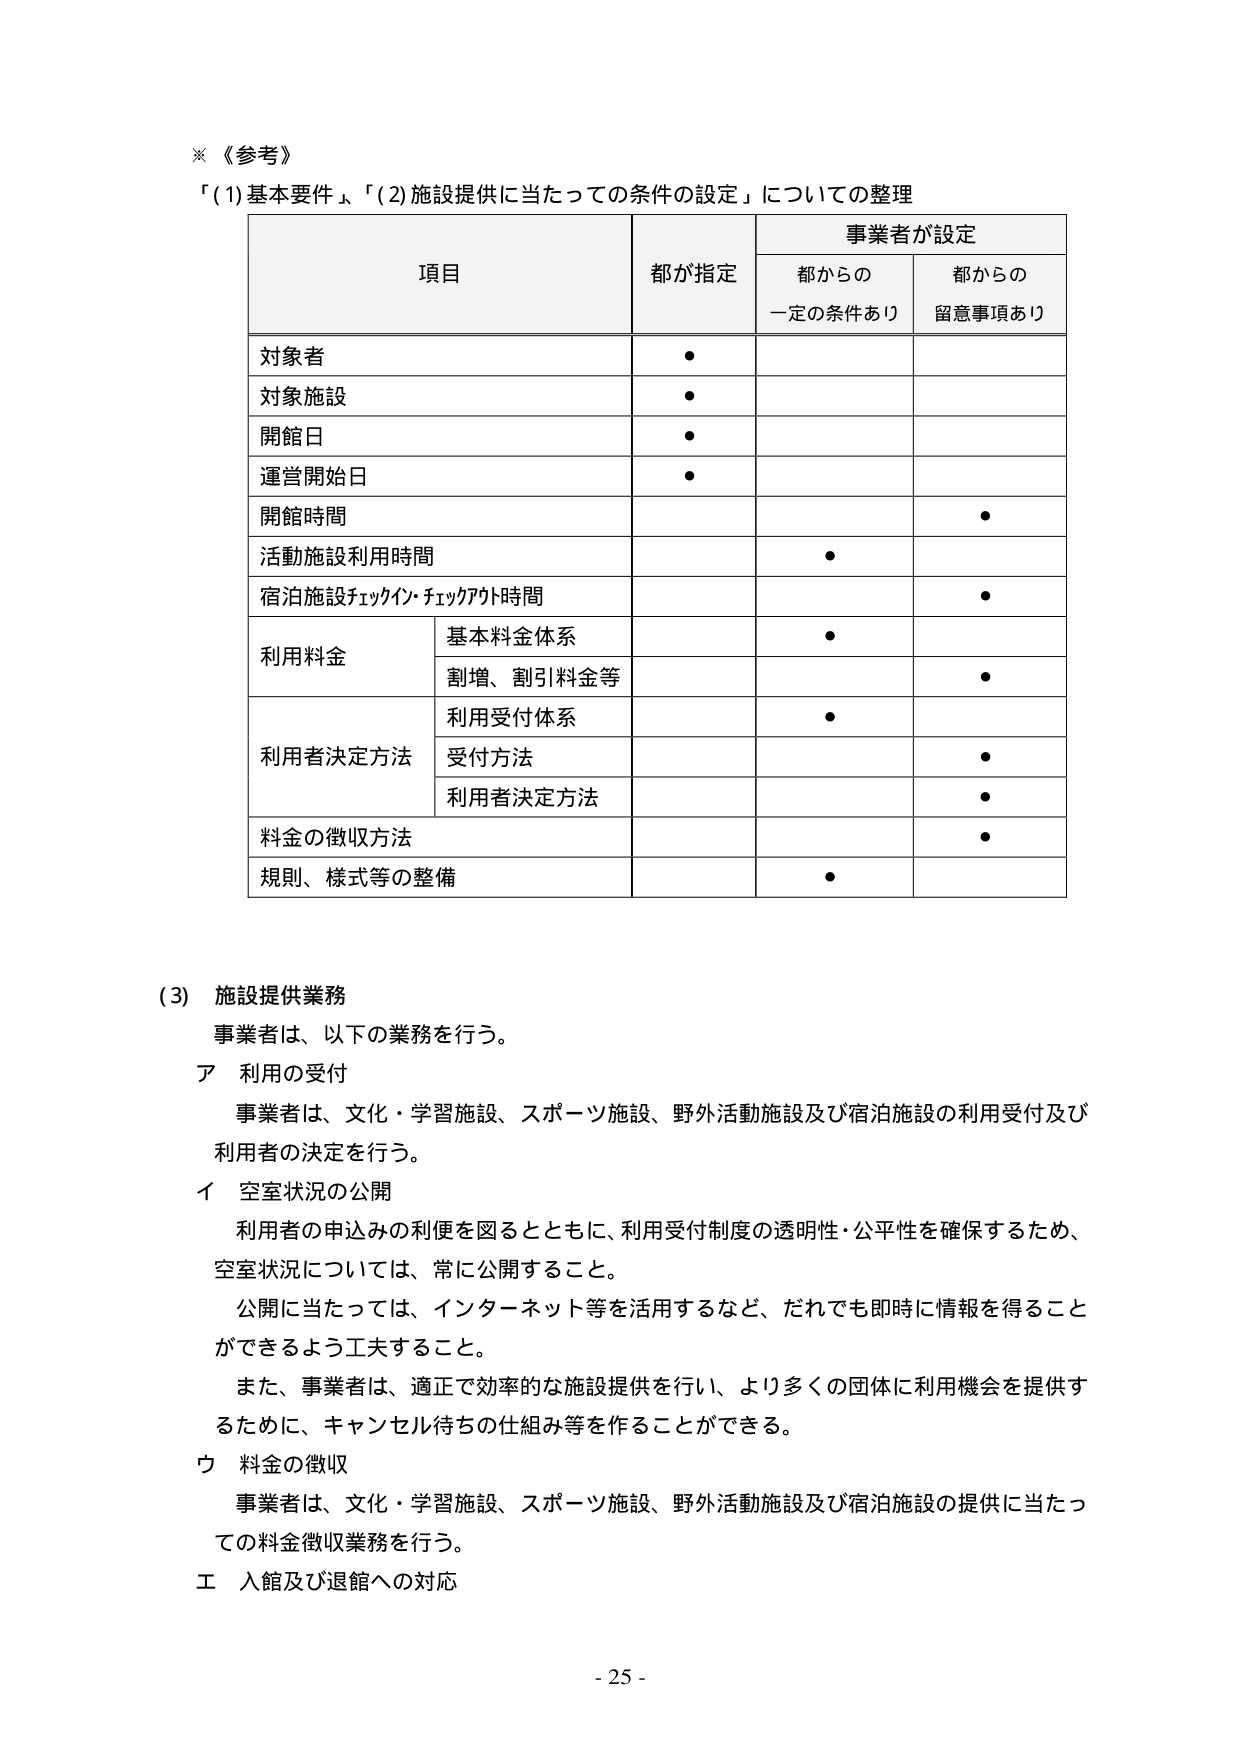
※《参考》
「(1)基本要件」、「(2)施設提供に当たっての条件の設定」についての整理

項目 都が指定 事業者が設定
　　　　　都からの　　　都からの
　　　　　一定の条件あり　留意事項あり

対象者 ●
対象施設 ●
開館日 ●
運営開始日 ●
開館時間 ●
活動施設利用時間 ●
宿泊施設チェックイン・チェックアウト時間 ●
利用料金 基本料金体系 ●
　　　　　割増、割引料金等 ●
利用者決定方法 利用受付体系 ●
　　　　　　　受付方法 ●
　　　　　　　利用者決定方法 ●
料金の徴収方法 ●
規則、様式等の整備 ●

(3) 施設提供業務
事業者は、以下の業務を行う。
ア 利用の受付
　事業者は、文化・学習施設、スポーツ施設、野外活動施設及び宿泊施設の利用受付及び
　利用者の決定を行う。
イ 空室状況の公開
　利用者の申込みの利便を図るとともに、利用受付制度の透明性・公平性を確保するため、
　空室状況については、常に公開すること。
　公開に当たっては、インターネット等を活用するなど、だれでも即時に情報を得ること
　ができるよう工夫すること。
　また、事業者は、適正で効率的な施設提供を行い、より多くの団体に利用機会を提供す
　るために、キャンセル待ちの仕組み等を作ることができる。
ウ 料金の徴収
　事業者は、文化・学習施設、スポーツ施設、野外活動施設及び宿泊施設の提供に当たっ
　ての料金徴収業務を行う。
エ 入館及び退館への対応

- 25 -